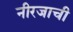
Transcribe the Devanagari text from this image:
नीरजाची